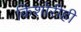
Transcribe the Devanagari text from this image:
किशोरीही